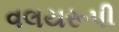
વલયરૂપી